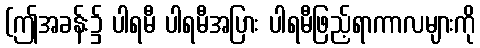
(ဤအခန်း၌ ပါရမီ ပါရမီအပြား ပါရမီဖြည့်ရာကာလများကို